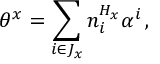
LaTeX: \theta ^ { x } = \sum _ { i \in J _ { x } } n _ { i } ^ { H _ { x } } \alpha ^ { i } \, ,